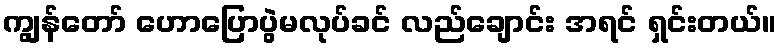
ကျွန်တော် ဟောပြောပွဲမလုပ်ခင် လည်ချောင်း အရင် ရှင်းတယ်။